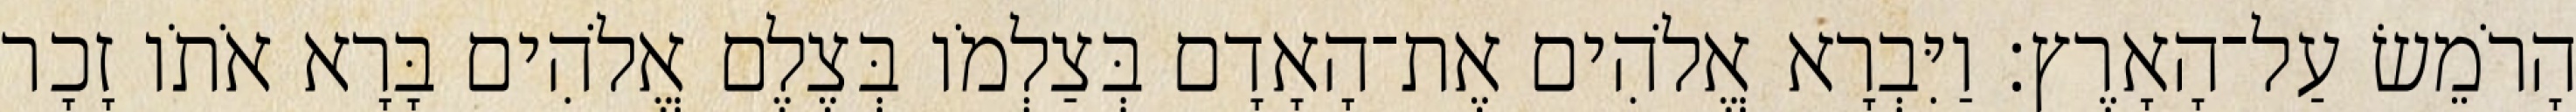
הָרֹמֵשׂ עַל־הָאָרֶץ׃ וַיִּבְרָא אֱלֹהִים אֶת־הָאָדָם בְּצַלְמֹו בְּצֶלֶם אֱלֹהִים בָּרָא אֹתֹו זָכָר